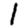
Digit: 1